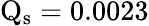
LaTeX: \mathrm{Q_{s}}=0.0023